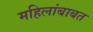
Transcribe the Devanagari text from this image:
महिलांबाबत